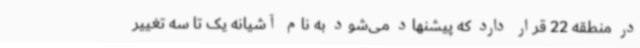
در منطقه 22 قرار دارد که پیشنهاد می‌شود به نام آشیانه یک تا سه تغییر